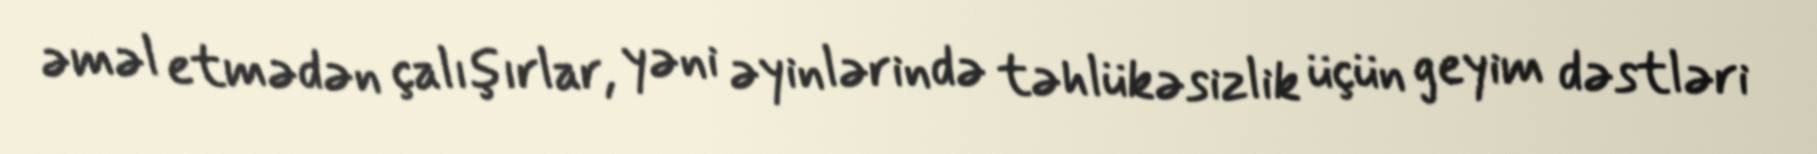
əməl etmədən çalışırlar, yəni əyinlərində təhlükəsizlik üçün geyim dəstləri